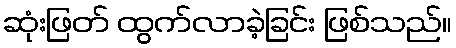
ဆုံးဖြတ် ထွက်လာခဲ့ခြင်း ဖြစ်သည်။